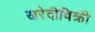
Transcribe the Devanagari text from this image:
खरेदीविक्री